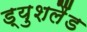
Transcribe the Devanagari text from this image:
ड्युशलैंड